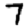
Digit: 7